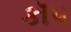
કૉપ